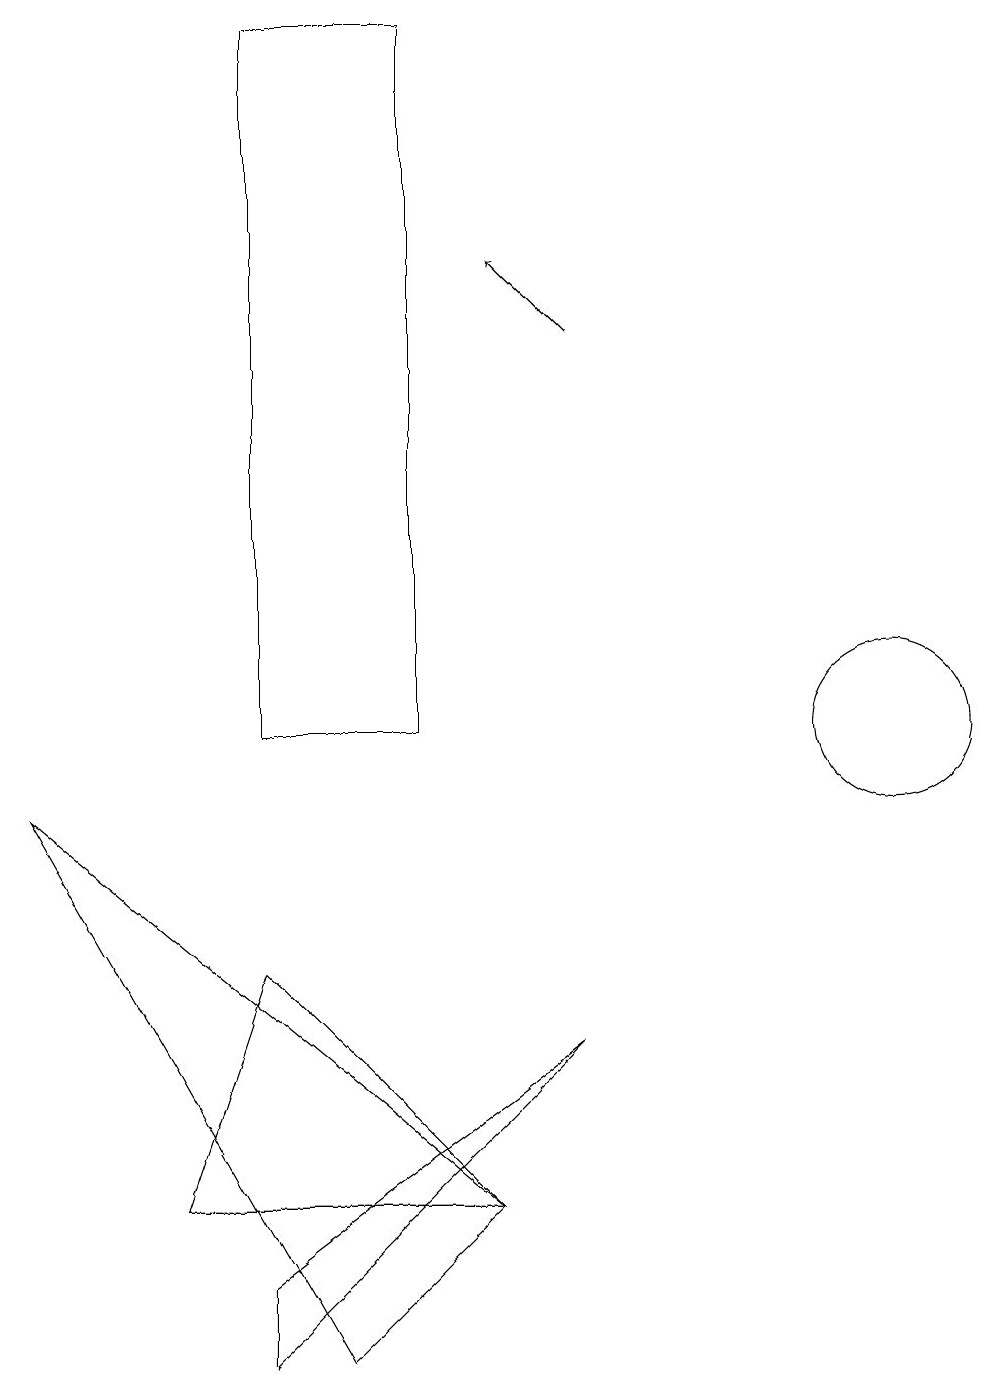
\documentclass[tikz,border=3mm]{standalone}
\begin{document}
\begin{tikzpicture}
\draw (3,4) -- (7,4) -- (4,7) -- cycle;
\draw (12,12) circle (0);
\draw (4,2) -- (4,3) -- (8,6) -- cycle;
\draw (7,4) -- (5,2) -- (1,9) -- cycle;
\draw (12,10) circle (1);
\draw (4,10) rectangle (6,19);
\draw[->] (8,15) -- (7,16);
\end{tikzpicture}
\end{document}